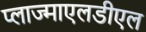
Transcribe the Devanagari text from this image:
प्लाज्माएलडीएल